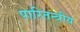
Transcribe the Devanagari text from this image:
पारितन्त्रीय